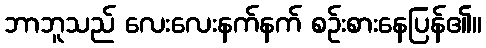
ဘာဘူသည် လေးလေးနက်နက် စဉ်းစားနေပြန်၏။